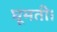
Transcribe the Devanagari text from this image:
घूमती।